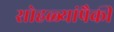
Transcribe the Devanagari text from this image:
सोहळ्यांपैकी